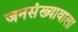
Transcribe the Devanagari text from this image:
जनसंख्यावाला